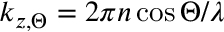
k _ { z , \Theta } = 2 \pi n \cos \Theta / \lambda